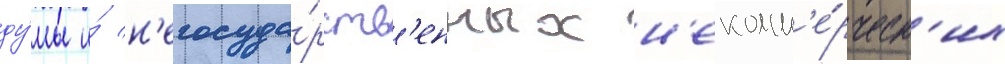
ду́мы и́ н'егосуда́рств'енных н'екомм'е́рческ'их